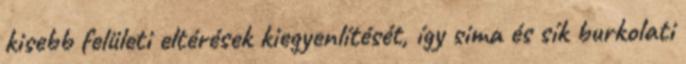
kisebb felületi eltérések kiegyenlítését, így sima és sík burkolati